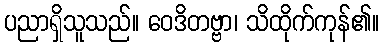
ပညာရှိသူသည်။ ဝေဒိတဗ္ဗာ၊ သိထိုက်ကုန်၏။